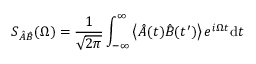
S _ { \hat { A } \hat { B } } ( \Omega ) = \frac { 1 } { \sqrt { 2 \pi } } \int _ { - \infty } ^ { \infty } \left< \hat { A } ( t ) \hat { B } ( t ^ { \prime } ) \right> e ^ { i \Omega t } \mathrm { d } t